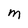
Character: m